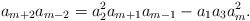
LaTeX: \begin{align*} a_{m+2}a_{m-2}=a_2^2a_{m+1}a_{m-1}-a_1a_3a_m^2.\end{align*}